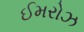
ઈમરોઝ